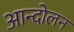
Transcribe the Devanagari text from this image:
अान्दोलन